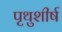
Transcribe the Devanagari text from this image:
पृथुशीर्ष